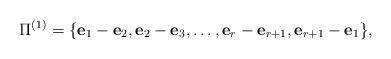
LaTeX: \begin{align*}\Pi^{(1)}=\{{\bf e}_1-{\bf e}_2,{\bf e}_2-{\bf e}_3,\ldots,{\bf e}_r-{\bf e}_{r+1},{\bf e}_{r+1}-{\bf e}_1\},\end{align*}